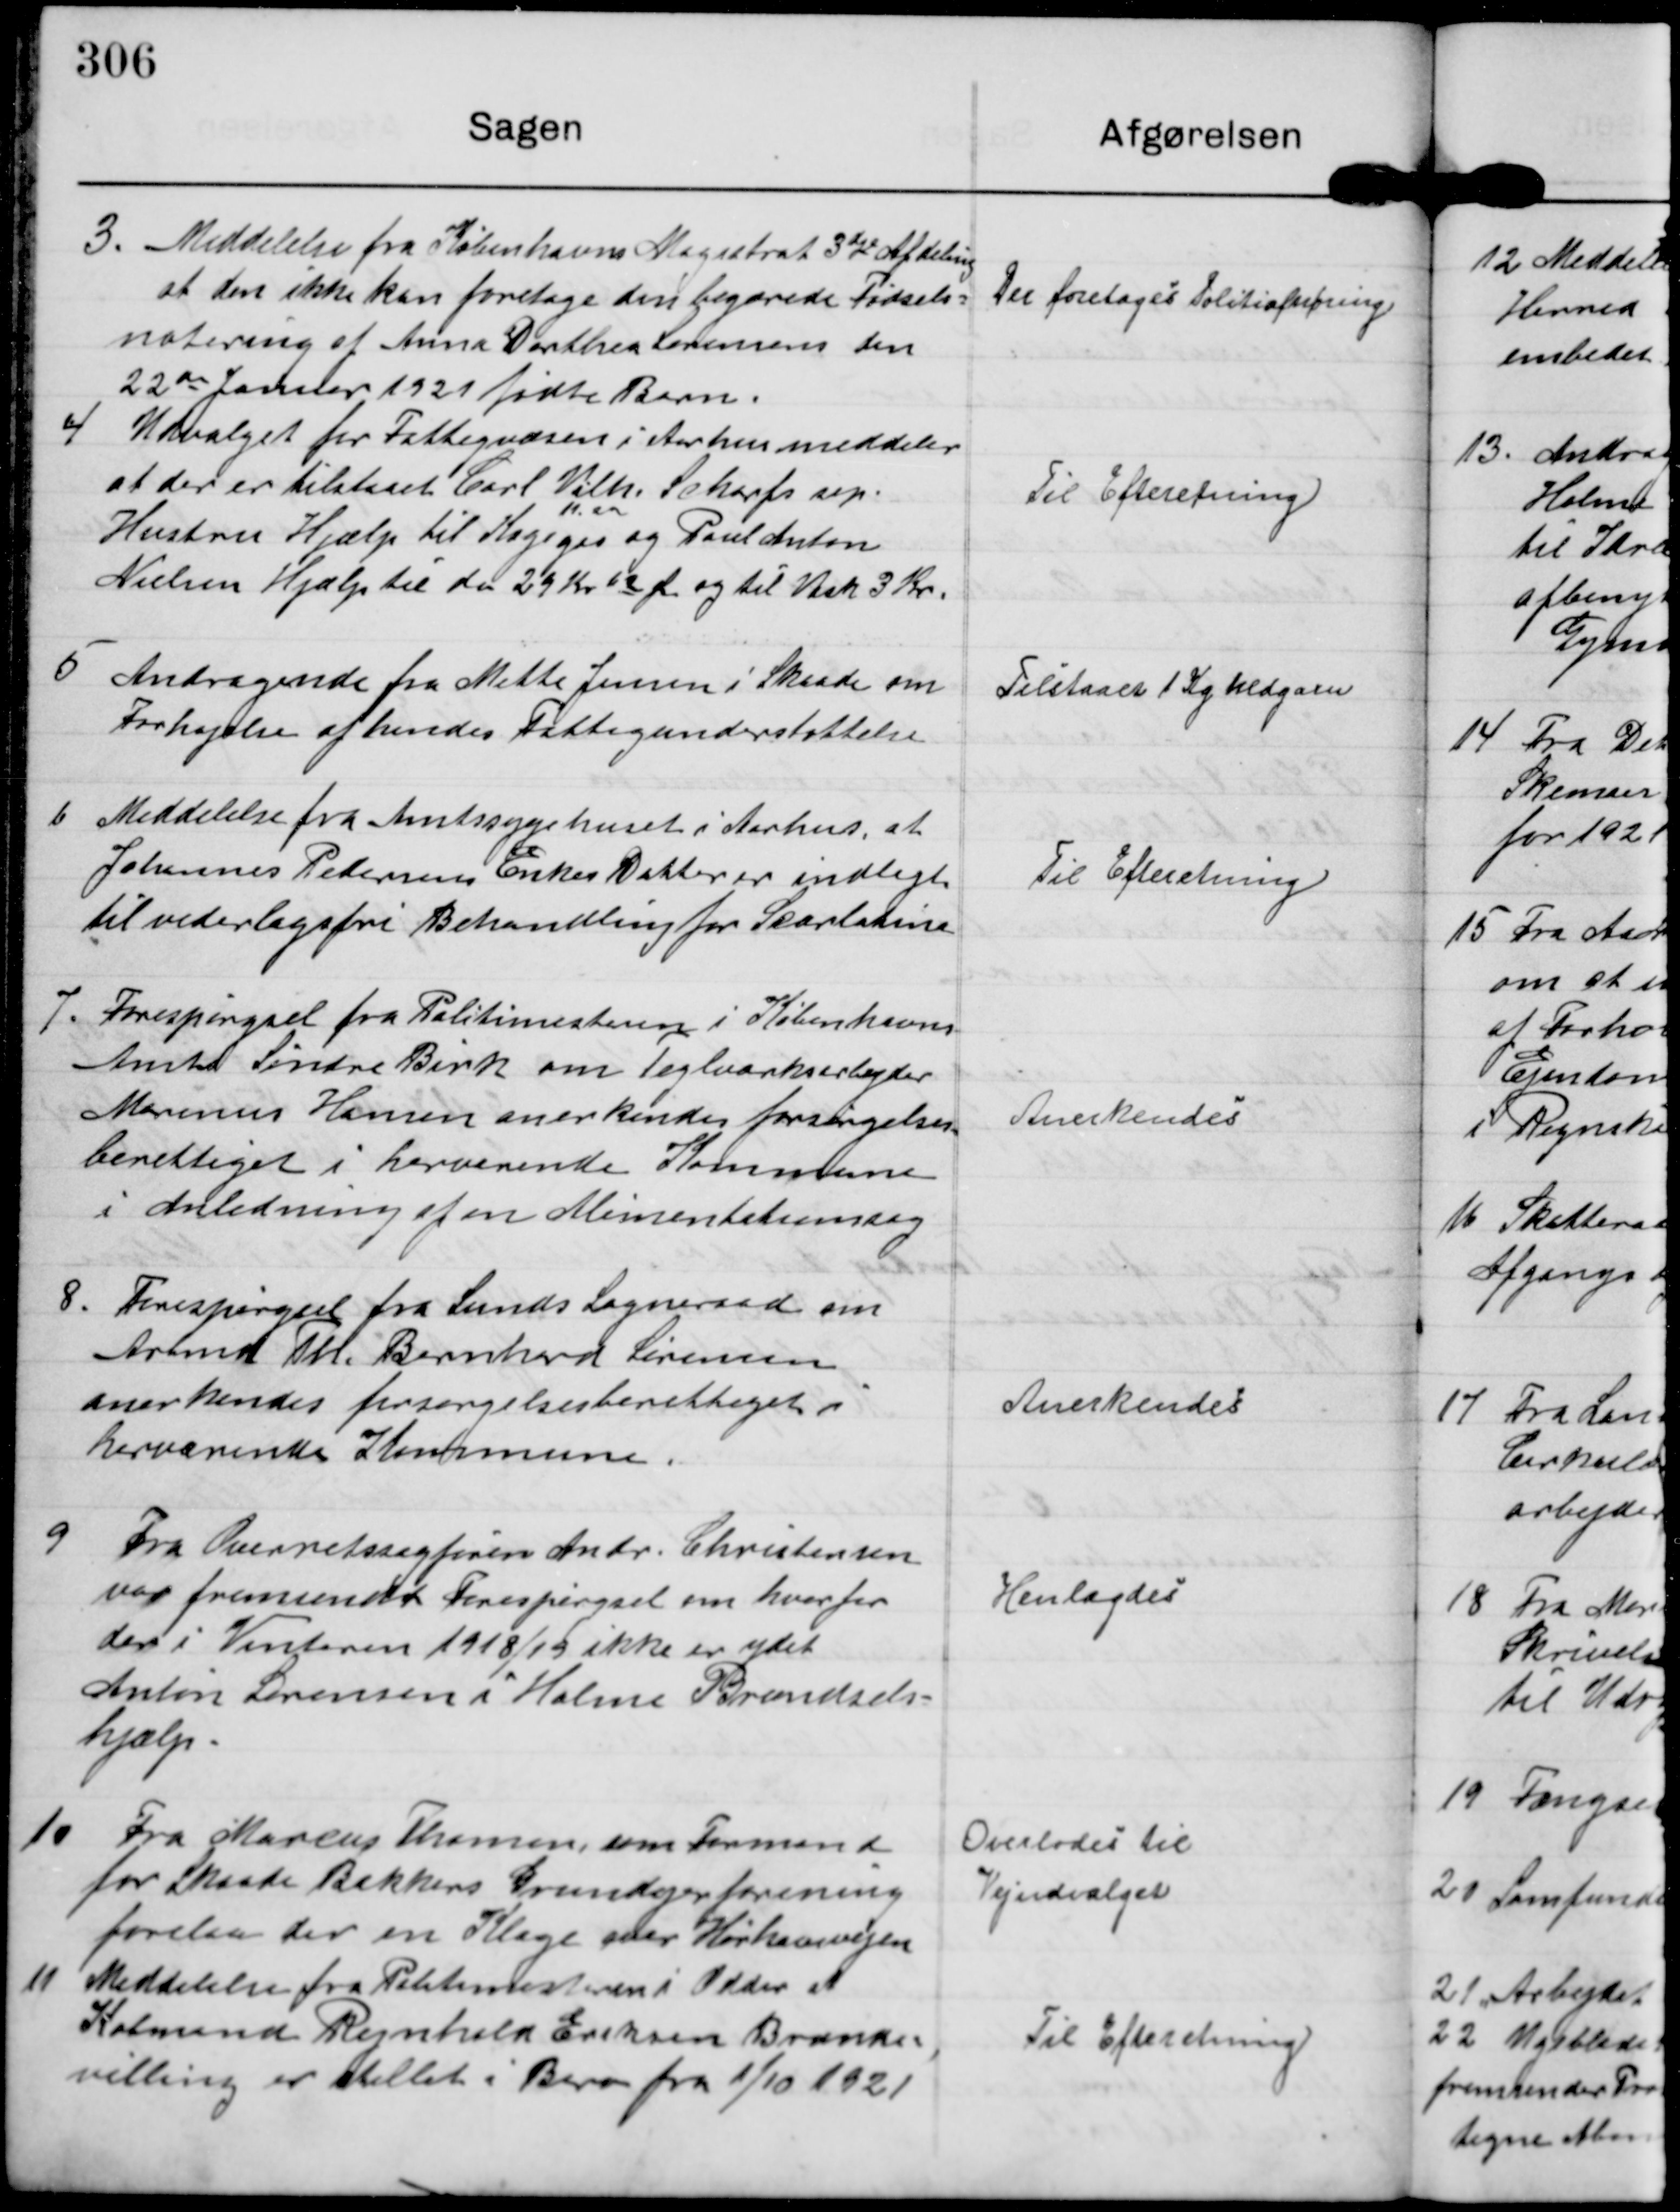
Transskription:
3.

Meddelelse fra Københavns Magistrat 3dje Afdeling
at den ikke kan foretage den begærede Fødsels-
notering at Anna Dorthea Sørensens den
22de Januar1921 fødte Barn.

Der foretages Politiafhøring

Udvalget for Fattigvæsen i Aarhus meddeler
at der er tilstaaet Carl Vilh. Scharfs sep.
Hustru Hjælp til Kogegas 
11. en
og Poul Anton
Nielsen Hjælp til do 29 Kr 62 Ør og til Vask 3 Kr.

Til Efteretning

5

Andragende fra Mette Jensen i Skaade om
Forhøjelse af hendes Fattigunderstøttelse

Tilstaaet 1 Kg Uldgarn

6

Meddelelse fra Amtssygehuset i Aarhus, at
Johannnes Pedersens Enkes Datter er indlagt
til vederlagsfri Behandling for Scarlatine

Til Efteretning.

7.

Forespørgsel fra Politimesteren i Københavns
Amts Søndre Birk om Teglværksarbejder
Marinus Hansen anerkendes forsørgelses-
berettiget i herværende Kommune
i Anledning af en Alimentationssag

Anerkendes

8

Forespørgsel fra Sunds Sogneraad om
Arbmd Th. Bernhard Sørensen
anerkendes forsørgelsesberettiget i
herværende Kommune.

Anerkendes.

9

Fra Overretssagfører Andr Christensen
var fremsendt Forespørgsel om hvorfor
der i Vinteren 1918/19 ikke er ydet
Anton Sørensen i Holme Brændsels-
Hjælp.

Henlagdes

10

Fra Marius Thomsen som Formand
for Skaade Bakkens Grundejerforening
forelaa der en Klage over Hørhavevejen

Overlodes til
Vejudvalget

11

Meddelelse fra Politimesteren i Odder at
Købmand Rejnholm Eriksen Branke-,
villing er stillet i Bero fra 1/10 1921

Til Efteretning.